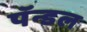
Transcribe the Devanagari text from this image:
पॅन्डल